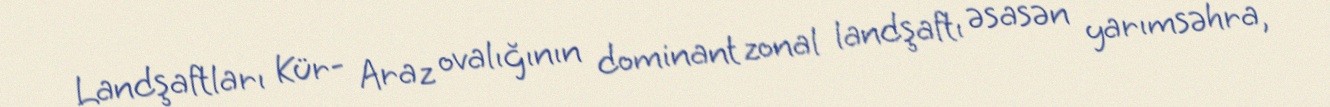
Landşaftları Kür- Araz ovalığının dominant zonal landşaftı əsasən yarımsəhra,